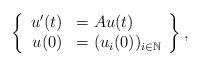
LaTeX: \begin{align*}\left\{\begin{array}{rl}u'(t )&= Au(t) \\u(0) & =(u_i(0))_{i\in\mathbb{N}}\end{array}\right\},\end{align*}